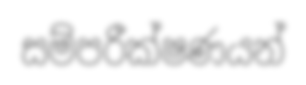
සම්පරීක්ෂණයන්